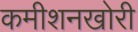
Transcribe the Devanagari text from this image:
कमीशनखोरी